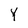
Character: Y